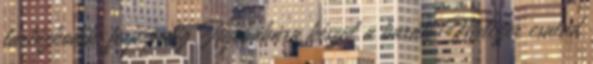
tartózkodik, férje pedig Hejőbábára készül a baráti Melczer család